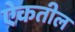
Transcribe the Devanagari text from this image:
ऐकतील